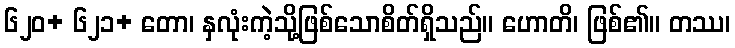
၆၂၀+ ၆၂၁+ တော၊ နှလုံးကဲ့သို့ဖြစ်သောစိတ်ရှိသည်။ ဟောတိ၊ ဖြစ်၏။ တဿ၊